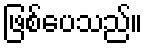
ဖြစ်ပေသည်။